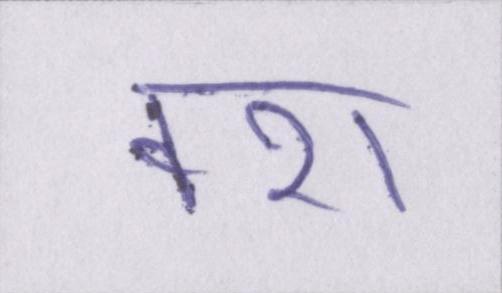
वश